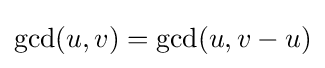
\gcd(u,v)=\gcd(u,v-u)